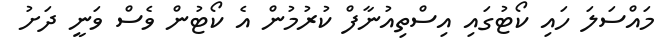
މައްސަލަ ހައި ކޯޓުގައި އިސްތިއުނާފް ކުރުމުން އެ ކޯޓުން ވެސް ވަނީ ދަށު